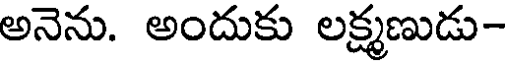
అనెను. అందుకు లక్ష్మణుడు-